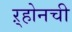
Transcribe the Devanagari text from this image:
ऱ्होनची